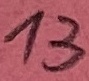
Text: 13